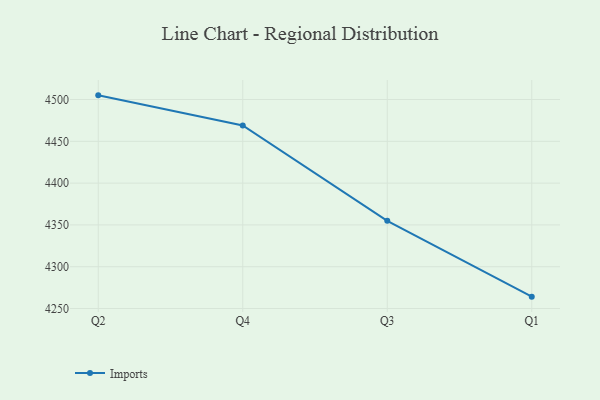
{"axis": {"x": "Quarter", "y": "Demand Index"}, "legend": ["Imports"], "data": [{"x": "Q2", "y": 4505.0, "type": "Imports"}, {"x": "Q4", "y": 4468.9, "type": "Imports"}, {"x": "Q3", "y": 4354.9, "type": "Imports"}, {"x": "Q1", "y": 4264.2, "type": "Imports"}]}